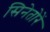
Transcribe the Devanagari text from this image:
सिनेतोरें